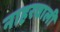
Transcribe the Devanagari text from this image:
नाहरवाली